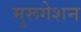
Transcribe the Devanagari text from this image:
मुरूगेशन